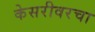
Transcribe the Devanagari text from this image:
केसरीवरचा